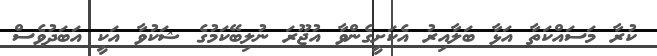
ކުރާ މަސައްކަތާ އަޅާ ބަލާއިރު އެކަށީގެންވާ އުޖޫރަ ނުލިބޭކަމުގެ ޝަކުވާ އަކީ އަބަދުވެސް